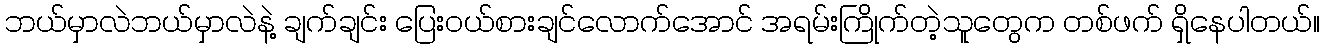
ဘယ်မှာလဲဘယ်မှာလဲနဲ့ ချက်ချင်း ပြေးဝယ်စားချင်လောက်အောင် အရမ်းကြိုက်တဲ့သူတွေက တစ်ဖက် ရှိနေပါတယ်။